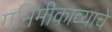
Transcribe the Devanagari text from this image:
गनिमीकाव्याचे